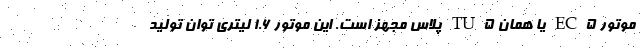
موتور EC5 یا همان TU5 پلاس مجهز است. این موتور 1.6 لیتری توان تولید